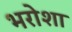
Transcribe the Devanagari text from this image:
भरोशा